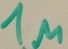
Text: 1µ